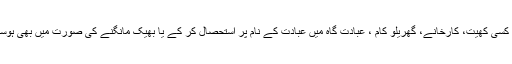
یہ مشقت کسی کھیت، کارخانے، گھریلو کام ، عبادت گاہ میں عبادت کے نام پر استحصال کر کے یا بھیک مانگنے کی صورت میں بھی ہوسکتی ہے۔